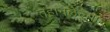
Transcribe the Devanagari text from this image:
तहानलेल्या